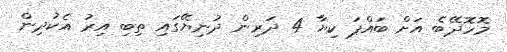
މޮހޮދޭބެ އަށް ބައްޕަ ކިޔާ 4 ދަރިން ދުނިޔޭގައި ތިބި އިރު އެކުދިން